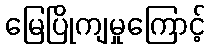
မြေပြိုကျမှုကြောင့်